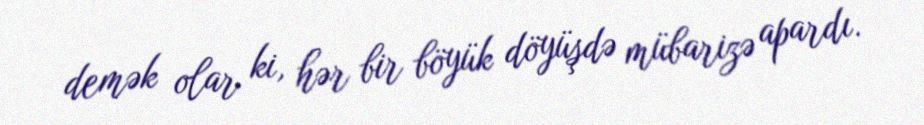
demək olar ki, hər bir böyük döyüşdə mübarizə apardı.